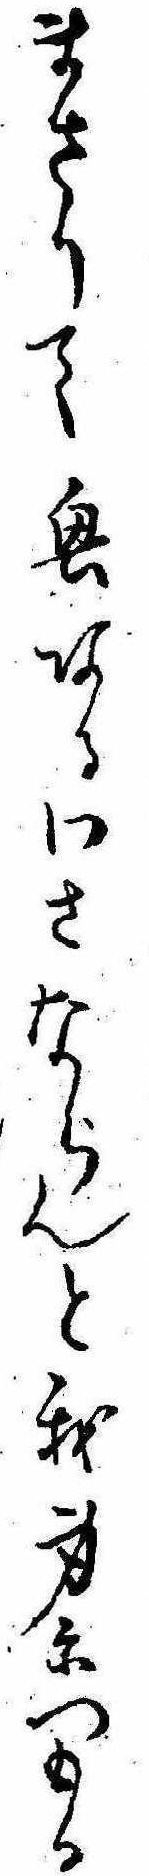
まさりて興あるわさならんと我身につもる